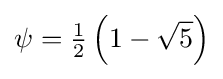
\psi ={\tfrac {1}{2}}\left(1-{\sqrt {5}}\right)